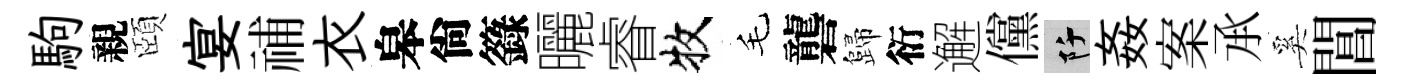
駒親頤宴𥙷衣皋尙籙曬睿牧毛礱歸衍邂儻阡姦案𠄘奚閶